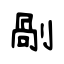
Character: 剮